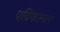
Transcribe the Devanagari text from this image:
एग्रिकल्चर